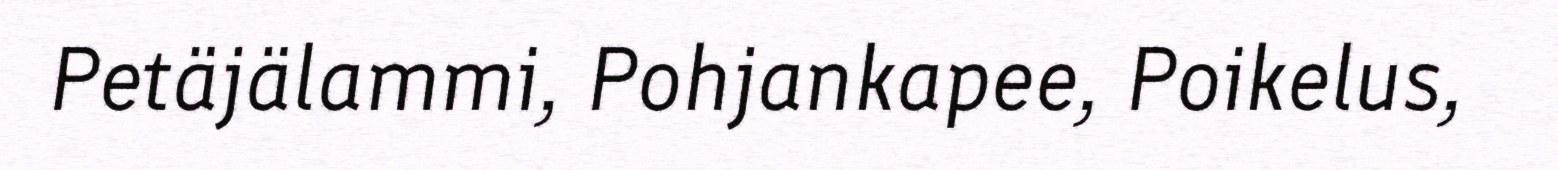
Petäjälammi, Pohjankapee, Poikelus,